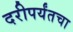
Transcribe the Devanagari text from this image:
दरीपर्यंतचा